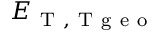
E _ { \mathrm { ~ T ~ , ~ T ~ g ~ e ~ o ~ } }